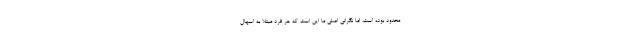
محدود بوده است،‌ اما نگرانی اصلی ما این است که هر فرد مبتلا به اسهال